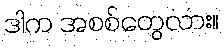
ဒါက အစစ်တွေလား။